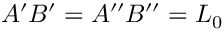
A ^ { \prime } B ^ { \prime } = A ^ { \prime \prime } B ^ { \prime \prime } = L _ { 0 }